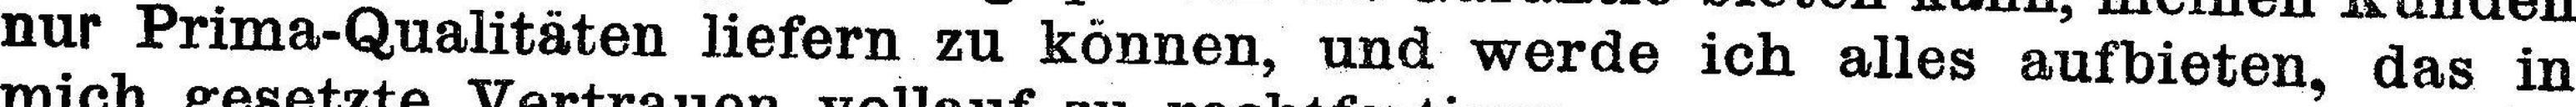
nur Prima-Qualitäten liefern zu können, und werde ich alles aufbieten, das in